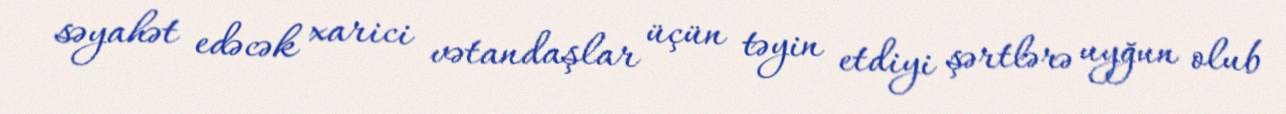
səyahət edəcək xarici vətandaşlar üçün təyin etdiyi şərtlərə uyğun olub